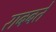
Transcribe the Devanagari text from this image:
राबबते